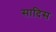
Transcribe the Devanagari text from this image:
सादिस